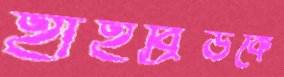
হাইব্রিডকে